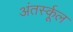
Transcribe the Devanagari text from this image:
अंतर्स्कूल